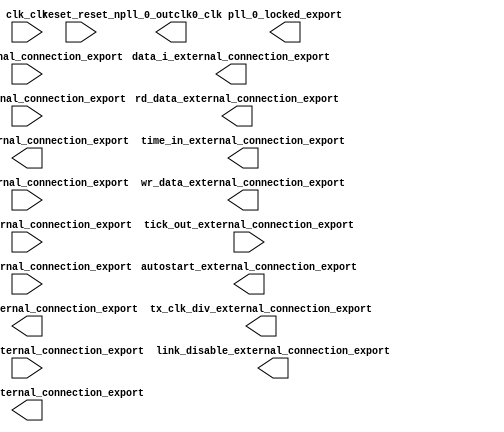
module spw_babasu (
	autostart_external_connection_export,
	clk_clk,
	currentstate_external_connection_export,
	data_i_external_connection_export,
	data_o_external_connection_export,
	flags_external_connection_export,
	link_disable_external_connection_export,
	link_start_external_connection_export,
	pll_0_locked_export,
	pll_0_outclk0_clk,
	rd_data_external_connection_export,
	reset_reset_n,
	rx_empty_external_connection_export,
	spill_enable_external_connection_export,
	tick_in_external_connection_export,
	tick_out_external_connection_export,
	time_in_external_connection_export,
	time_out_external_connection_export,
	tx_clk_div_external_connection_export,
	tx_full_external_connection_export,
	wr_data_external_connection_export);	

	output		autostart_external_connection_export;
	input		clk_clk;
	input	[2:0]	currentstate_external_connection_export;
	output	[8:0]	data_i_external_connection_export;
	input	[8:0]	data_o_external_connection_export;
	input	[10:0]	flags_external_connection_export;
	output		link_disable_external_connection_export;
	output		link_start_external_connection_export;
	output		pll_0_locked_export;
	output		pll_0_outclk0_clk;
	output		rd_data_external_connection_export;
	input		reset_reset_n;
	input		rx_empty_external_connection_export;
	output		spill_enable_external_connection_export;
	output		tick_in_external_connection_export;
	input		tick_out_external_connection_export;
	output	[7:0]	time_in_external_connection_export;
	input	[7:0]	time_out_external_connection_export;
	output	[6:0]	tx_clk_div_external_connection_export;
	input		tx_full_external_connection_export;
	output		wr_data_external_connection_export;
endmodule